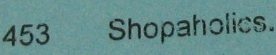
453 Shopaholics.